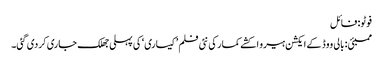
فوٹو: فائل
ممبئی: بالی ووڈ کے ایکشن ہیرو اکشے کمار کی نئی فلم ’کیساری‘ کی پہلی جھلک جاری کردی گئی۔